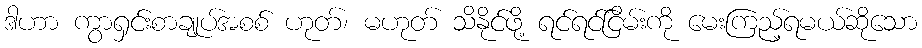
ဒါဟာ ကွာရှင်းစာချုပ်အစစ် ဟုတ်၊ မဟုတ် သိနိုင်ဖို့ ရင်ရင်ငြိမ်းကို မေးကြည့်ရမယ်ဆိုသော